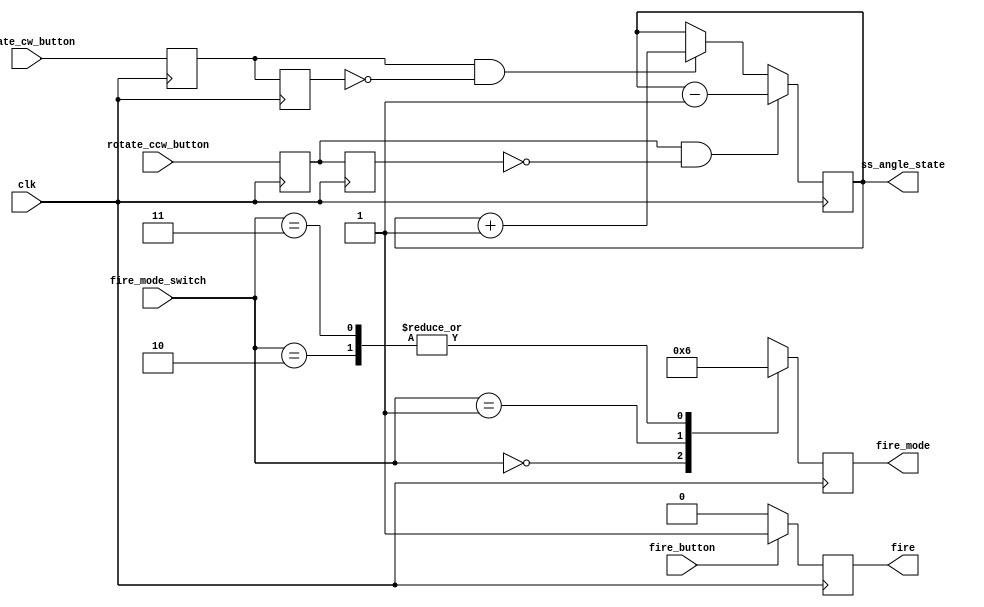
module input_controller(
	input clk,
	input rotate_cw_button,
	input rotate_ccw_button,
	input fire_button,
	input [1:0] fire_mode_switch,
	
	output reg [3:0] ss_angle_state,
	output reg fire,
	output reg [1:0] fire_mode
);

	reg rotate_right_sync;
	reg rotate_left_sync;
	reg rotate_right_sync_prev;
	reg rotate_left_sync_prev;

   always @(posedge clk) begin 
       rotate_right_sync <= rotate_cw_button;
       rotate_left_sync <= rotate_ccw_button;
       rotate_right_sync_prev <= rotate_right_sync;
       rotate_left_sync_prev <= rotate_left_sync;
   end

   always @(posedge clk) begin
       if (rotate_left_sync && !rotate_left_sync_prev) begin
           ss_angle_state <= ss_angle_state - 1;
       end else if (rotate_right_sync && !rotate_right_sync_prev) begin
           ss_angle_state <= ss_angle_state + 1;
       end
		 
		 if (fire_button) fire <= 1;
		 else fire <= 0;
		 
		 case(fire_mode_switch) 
			0: fire_mode = 0;
			1: fire_mode = 1;
			2: fire_mode = 2;
			3: fire_mode = 2;
		 endcase
   end
	
endmodule